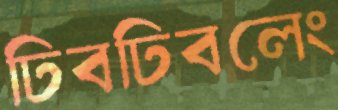
ঢিবঢিবলেং